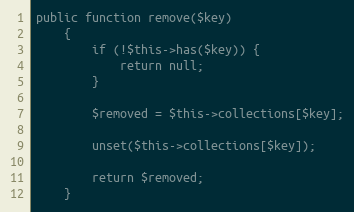
Language: PHP
public function remove($key)
    {
        if (!$this->has($key)) {
            return null;
        }

        $removed = $this->collections[$key];

        unset($this->collections[$key]);

        return $removed;
    }